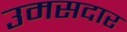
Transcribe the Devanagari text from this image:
उमसदार